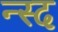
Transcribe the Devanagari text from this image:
न्स्द